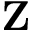
\mathbf { Z }